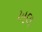
ખલ